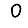
Digit: 0